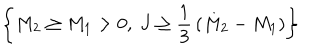
\left\{ M _ { 2 } \ge M _ { 1 } > 0 , ~ J \ge { \frac { 1 } { 3 } } \left( M _ { 2 } - M _ { 1 } \right) \right\}